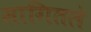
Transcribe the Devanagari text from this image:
सागितले